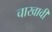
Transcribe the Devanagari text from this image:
चाखावी